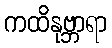
ကထိနုဗ္ဘာရာ